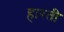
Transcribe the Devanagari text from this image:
हारती